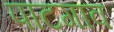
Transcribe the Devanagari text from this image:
पाटगाव